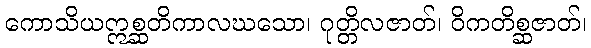
ကောသိယဣစ္ဆတိကာလဃသော၊ ဂုတ္တိလဇာတ်၊ ဝိကတိစ္ဆဇာတ်၊